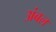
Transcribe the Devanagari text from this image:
अंबल